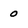
Character: o